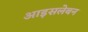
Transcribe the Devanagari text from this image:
आइसलेबन